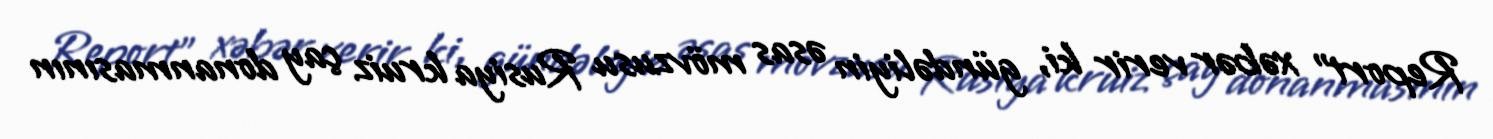
Report" xəbər verir ki, gündəliyin əsas mövzusu Rusiya kruiz çay donanmasının